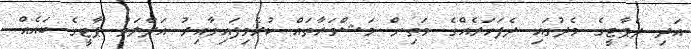
އަދި ދެޕާޓީގެ މެދުގައި ދެފަހަރެއްގެ މަތިން މަޝްވަރާތައް ކުރެވިފައިވާއިރު އަދާލަތު ޕާޓީގެ ބައެއް